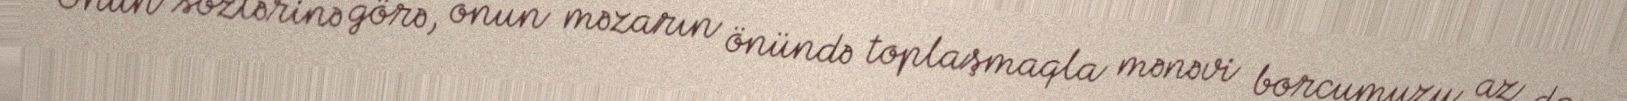
Onun sözlərinə görə, onun məzarın önündə toplaşmaqla mənəvi borcumuzu az da